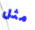
مثل